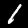
Label: 1